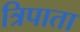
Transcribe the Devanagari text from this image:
त्रिपाता